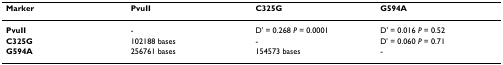
<table><thead><tr><td><b>Marker</b></td><td><b>PvuII</b></td><td><b>C325G</b></td><td><b>G594A</b></td></tr></thead><tbody><tr><td><b>PvuII</b></td><td>-</td><td>D&#x27; = 0.268 <i>P </i>= 0.0001</td><td>D&#x27; = 0.016 <i>P </i>= 0.52</td></tr><tr><td><b>C325G</b></td><td>102188 bases</td><td>-</td><td>D&#x27; = 0.060 <i>P </i>= 0.71</td></tr><tr><td><b>G594A</b></td><td>256761 bases</td><td>154573 bases</td><td>-</td></tr></tbody></table>